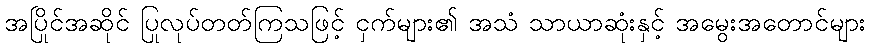
အပြိုင်အဆိုင် ပြုလုပ်တတ်ကြသဖြင့် ငှက်များ၏ အသံ သာယာဆုံးနှင့် အမွေးအတောင်များ